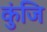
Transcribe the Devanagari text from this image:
कुंजि